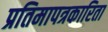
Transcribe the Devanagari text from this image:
प्रतिमापत्रकारिता